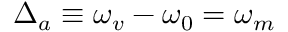
\Delta _ { a } \equiv \omega _ { v } - \omega _ { 0 } = \omega _ { m }